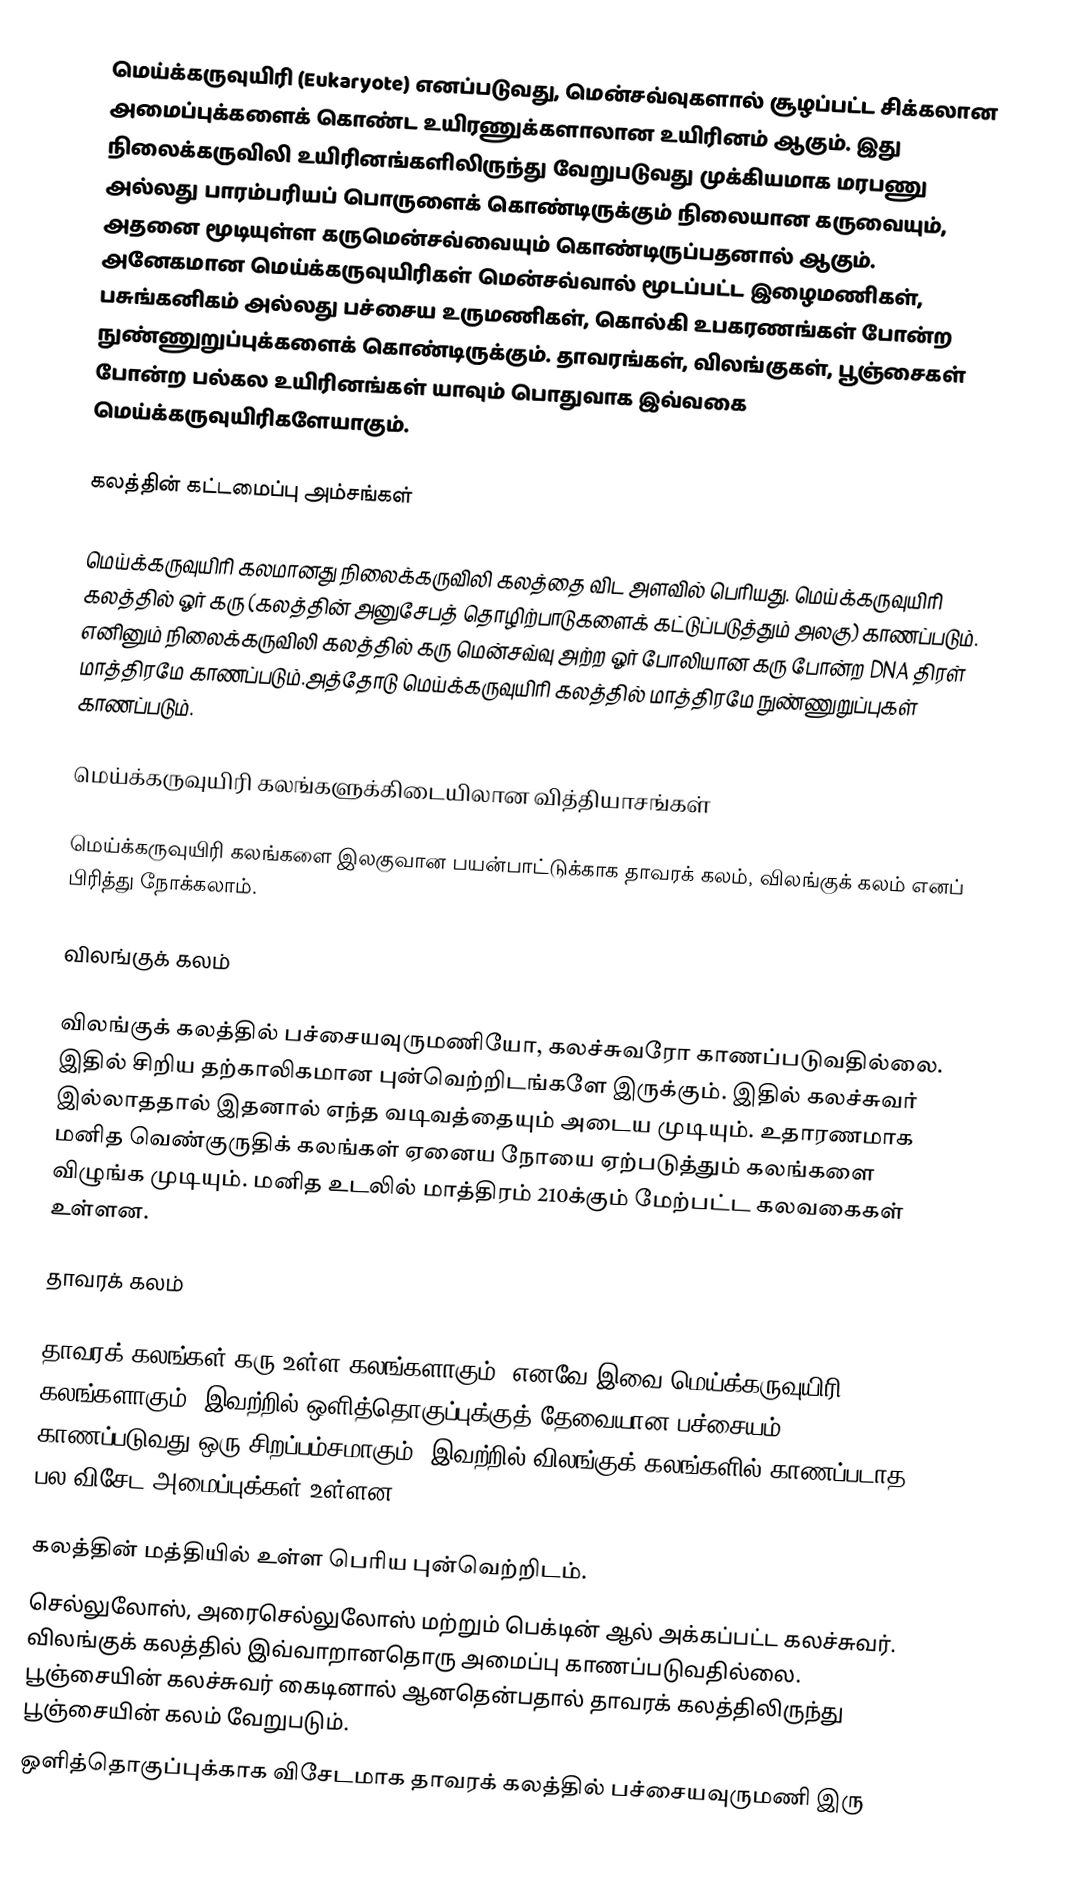
மெய்க்கருவுயிரி (Eukaryote) எனப்படுவது, மென்சவ்வுகளால் சூழப்பட்ட சிக்கலான அமைப்புக்களைக் கொண்ட உயிரணுக்களாலான உயிரினம் ஆகும். இது நிலைக்கருவிலி உயிரினங்களிலிருந்து வேறுபடுவது முக்கியமாக மரபணு அல்லது பாரம்பரியப் பொருளைக் கொண்டிருக்கும் நிலையான கருவையும், அதனை மூடியுள்ள கருமென்சவ்வையும் கொண்டிருப்பதனால் ஆகும். அனேகமான மெய்க்கருவுயிரிகள் மென்சவ்வால் மூடப்பட்ட இழைமணிகள்,  பசுங்கனிகம் அல்லது பச்சைய உருமணிகள், கொல்கி உபகரணங்கள் போன்ற நுண்ணுறுப்புக்களைக் கொண்டிருக்கும். தாவரங்கள், விலங்குகள், பூஞ்சைகள் போன்ற பல்கல உயிரினங்கள் யாவும் பொதுவாக இவ்வகை மெய்க்கருவுயிரிகளேயாகும்.

கலத்தின் கட்டமைப்பு அம்சங்கள்

மெய்க்கருவுயிரி கலமானது நிலைக்கருவிலி கலத்தை விட அளவில் பெரியது. மெய்க்கருவுயிரி கலத்தில் ஓர் கரு (கலத்தின் அனுசேபத் தொழிற்பாடுகளைக் கட்டுப்படுத்தும் அலகு) காணப்படும். எனினும் நிலைக்கருவிலி கலத்தில் கரு மென்சவ்வு அற்ற ஓர் போலியான கரு போன்ற DNA திரள் மாத்திரமே காணப்படும்.அத்தோடு மெய்க்கருவுயிரி கலத்தில் மாத்திரமே நுண்ணுறுப்புகள் காணப்படும்.

மெய்க்கருவுயிரி கலங்களுக்கிடையிலான வித்தியாசங்கள்

மெய்க்கருவுயிரி கலங்களை இலகுவான பயன்பாட்டுக்காக தாவரக் கலம், விலங்குக் கலம் எனப் பிரித்து நோக்கலாம்.

விலங்குக் கலம்

விலங்குக் கலத்தில் பச்சையவுருமணியோ, கலச்சுவரோ காணப்படுவதில்லை. இதில் சிறிய தற்காலிகமான புன்வெற்றிடங்களே இருக்கும். இதில் கலச்சுவர் இல்லாததால் இதனால் எந்த வடிவத்தையும் அடைய முடியும். உதாரணமாக மனித வெண்குருதிக் கலங்கள் ஏனைய நோயை ஏற்படுத்தும் கலங்களை விழுங்க முடியும். மனித உடலில் மாத்திரம் 210க்கும் மேற்பட்ட கலவகைகள் உள்ளன.

தாவரக் கலம்

தாவரக் கலங்கள் கரு உள்ள கலங்களாகும். எனவே இவை மெய்க்கருவுயிரி கலங்களாகும். இவற்றில் ஒளித்தொகுப்புக்குத் தேவையான பச்சையம் காணப்படுவது ஒரு சிறப்பம்சமாகும். இவற்றில் விலங்குக் கலங்களில் காணப்படாத பல விசேட அமைப்புக்கள் உள்ளன:

கலத்தின் மத்தியில் உள்ள பெரிய புன்வெற்றிடம்.
செல்லுலோஸ், அரைசெல்லுலோஸ் மற்றும் பெக்டின் ஆல் அக்கப்பட்ட கலச்சுவர். விலங்குக் கலத்தில் இவ்வாறானதொரு அமைப்பு காணப்படுவதில்லை. பூஞ்சையின் கலச்சுவர் கைடினால் ஆனதென்பதால் தாவரக் கலத்திலிருந்து பூஞ்சையின் கலம் வேறுபடும்.
ஒளித்தொகுப்புக்காக விசேடமாக தாவரக் கலத்தில் பச்சையவுருமணி இரு